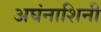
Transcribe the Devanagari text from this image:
अघंनाशिनी